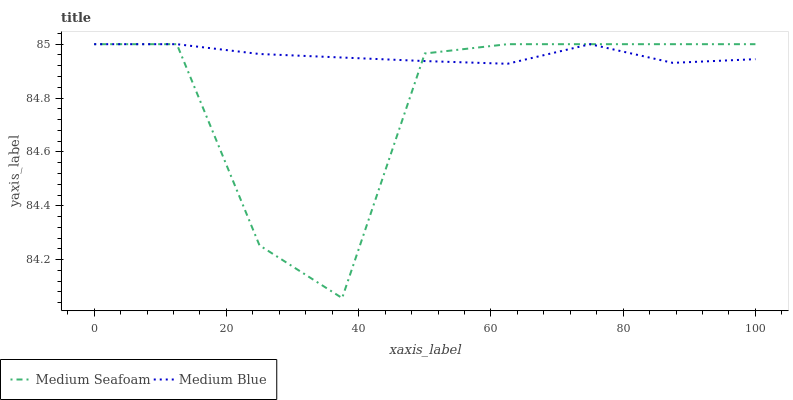
| xaxis_label | Medium Seafoam | Medium Blue |
 | --- | --- | --- |
 | 0 | 85 | 85 |
 | 12.5 | 85 | 85 |
 | 25 | 84.3 | 85 |
 | 37.5 | 84.1 | 85 |
 | 50 | 85 | 84.9 |
 | 62.5 | 85 | 84.9 |
 | 75 | 85 | 85 |
 | 87.5 | 85 | 84.9 |
 | 100 | 85 | 84.9 |